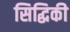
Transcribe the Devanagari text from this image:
सिद्धिकी